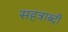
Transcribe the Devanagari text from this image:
सहत्राब्दी